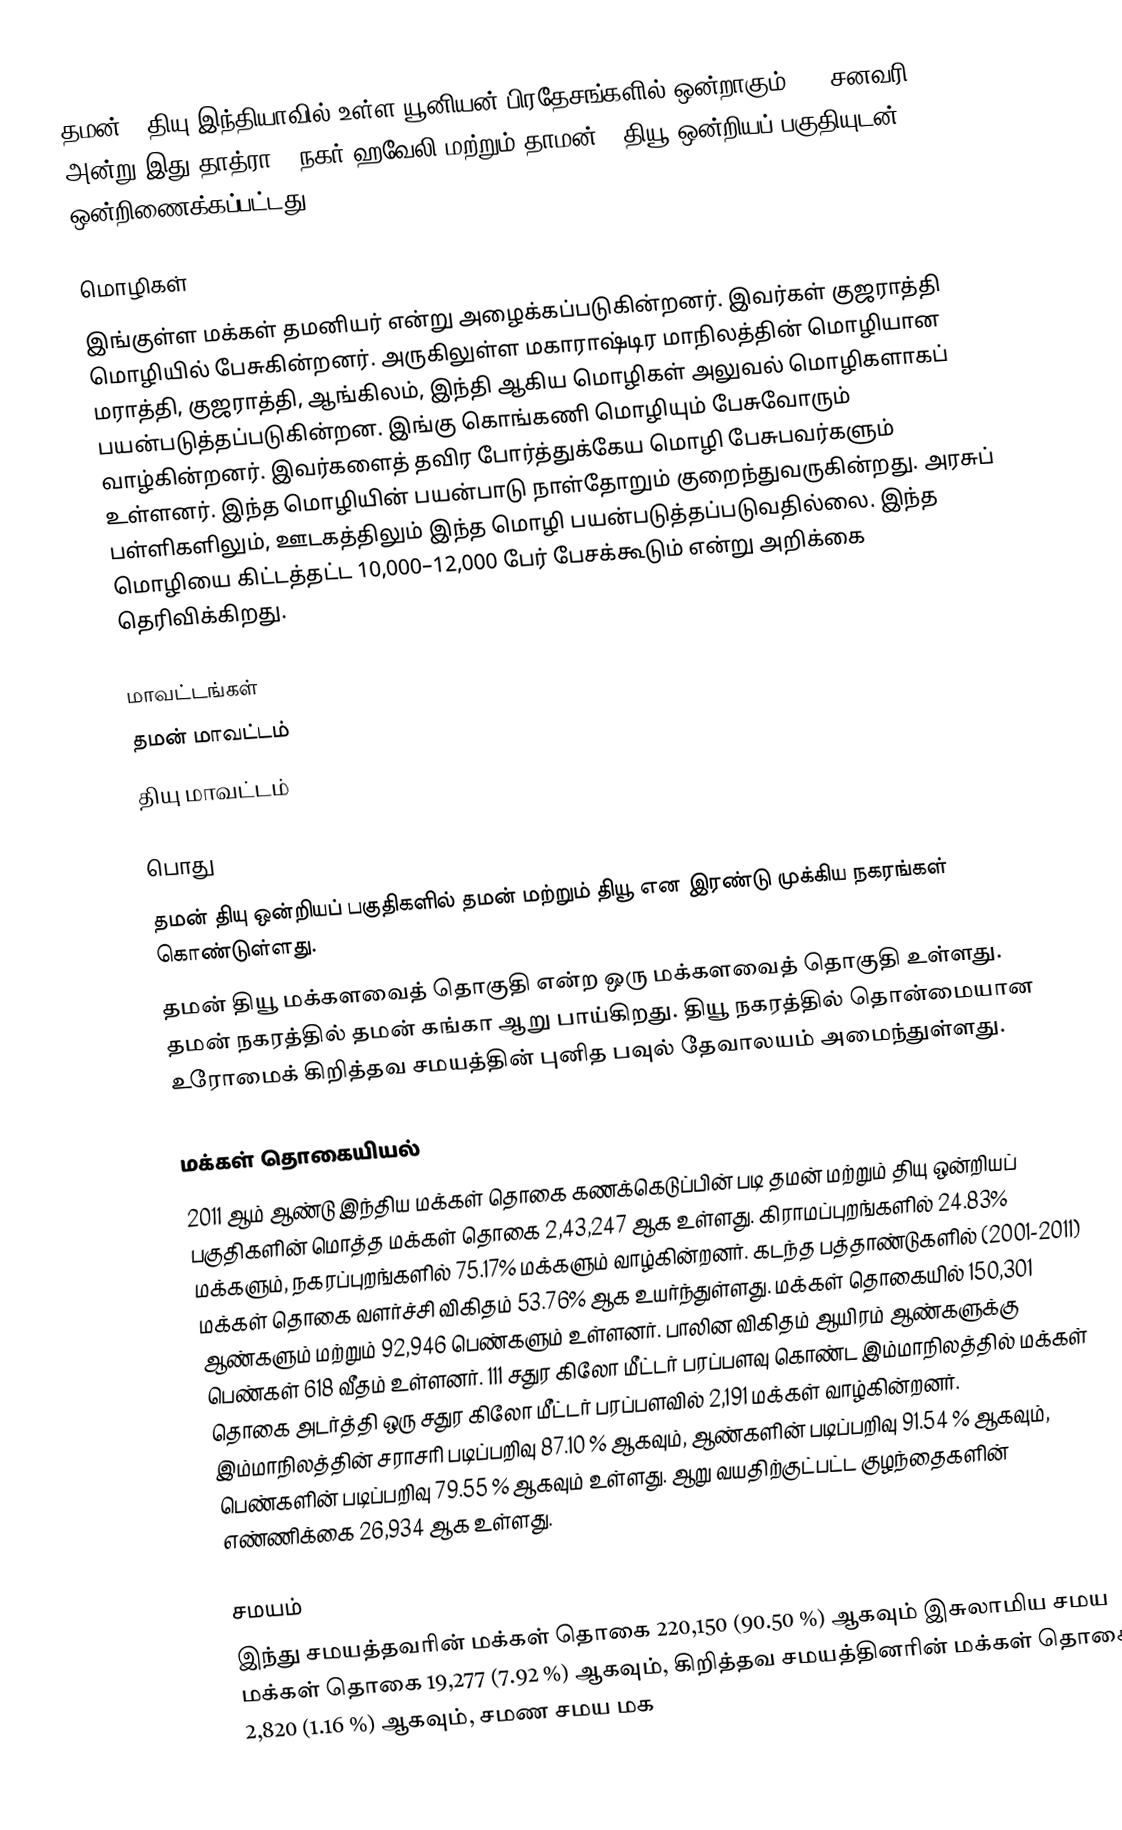
தமன் & தியு இந்தியாவில் உள்ள யூனியன் பிரதேசங்களில் ஒன்றாகும். 26 சனவரி 2020 அன்று இது தாத்ரா & நகர் ஹவேலி மற்றும் தாமன் & தியூ ஒன்றியப் பகுதியுடன் ஒன்றிணைக்கப்பட்டது.

மொழிகள்
இங்குள்ள மக்கள் தமனியர் என்று அழைக்கப்படுகின்றனர். இவர்கள் குஜராத்தி மொழியில் பேசுகின்றனர். அருகிலுள்ள மகாராஷ்டிர மாநிலத்தின் மொழியான மராத்தி, குஜராத்தி, ஆங்கிலம், இந்தி ஆகிய மொழிகள் அலுவல் மொழிகளாகப் பயன்படுத்தப்படுகின்றன. இங்கு கொங்கணி மொழியும் பேசுவோரும் வாழ்கின்றனர். இவர்களைத் தவிர போர்த்துக்கேய மொழி பேசுபவர்களும் உள்ளனர். இந்த மொழியின் பயன்பாடு நாள்தோறும் குறைந்துவருகின்றது. அரசுப் பள்ளிகளிலும், ஊடகத்திலும் இந்த மொழி பயன்படுத்தப்படுவதில்லை. இந்த மொழியை கிட்டத்தட்ட 10,000–12,000 பேர் பேசக்கூடும் என்று அறிக்கை தெரிவிக்கிறது.

மாவட்டங்கள்
 தமன் மாவட்டம்
 தியு மாவட்டம்

பொது
தமன் தியு ஒன்றியப் பகுதிகளில் தமன் மற்றும் தியூ என இரண்டு முக்கிய நகரங்கள் கொண்டுள்ளது.
தமன் தியூ மக்களவைத் தொகுதி என்ற ஒரு மக்களவைத் தொகுதி உள்ளது. தமன் நகரத்தில்  தமன் கங்கா ஆறு பாய்கிறது. தியூ நகரத்தில் தொன்மையான உரோமைக் கிறித்தவ சமயத்தின் புனித பவுல் தேவாலயம் அமைந்துள்ளது.

மக்கள் தொகையியல்
2011 ஆம் ஆண்டு இந்திய மக்கள் தொகை கணக்கெடுப்பின் படி தமன் மற்றும் தியு ஒன்றியப் பகுதிகளின் மொத்த மக்கள் தொகை 2,43,247  ஆக உள்ளது. கிராமப்புறங்களில் 24.83% மக்களும், நகரப்புறங்களில் 75.17% மக்களும் வாழ்கின்றனர். கடந்த பத்தாண்டுகளில் (2001-2011) மக்கள் தொகை வளர்ச்சி  விகிதம்   53.76%  ஆக உயர்ந்துள்ளது. மக்கள் தொகையில் 150,301 ஆண்களும்  மற்றும் 92,946 பெண்களும் உள்ளனர். பாலின விகிதம் ஆயிரம் ஆண்களுக்கு   பெண்கள் 618 வீதம் உள்ளனர். 111 சதுர கிலோ மீட்டர் பரப்பளவு கொண்ட இம்மாநிலத்தில் மக்கள் தொகை அடர்த்தி ஒரு சதுர கிலோ மீட்டர் பரப்பளவில் 2,191 மக்கள் வாழ்கின்றனர். இம்மாநிலத்தின் சராசரி  படிப்பறிவு  87.10 % ஆகவும், ஆண்களின் படிப்பறிவு 91.54 %  ஆகவும், பெண்களின் படிப்பறிவு  79.55 % ஆகவும் உள்ளது. ஆறு வயதிற்குட்பட்ட குழந்தைகளின் எண்ணிக்கை  26,934 ஆக உள்ளது.

சமயம்
இந்து சமயத்தவரின் மக்கள் தொகை 220,150  (90.50 %) ஆகவும்   இசுலாமிய சமய  மக்கள் தொகை 19,277  (7.92 %)  ஆகவும், கிறித்தவ சமயத்தினரின் மக்கள் தொகை 2,820   (1.16 %) ஆகவும், சமண சமய மக